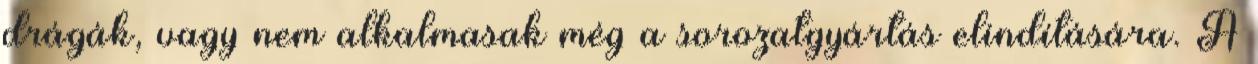
drágák, vagy nem alkalmasak még a sorozatgyártás elindítására. A